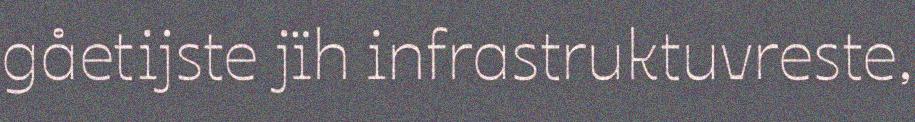
gåetijste jïh infrastruktuvreste,